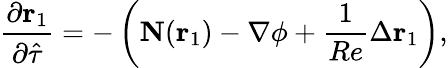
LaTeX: \frac{\partial\mathbf{r}_{1}}{\partial\hat{\tau}}=-\left(\mathbf{N}(\mathbf{r}_{1})-\nabla\phi+\frac{1}{Re}\Delta\mathbf{r}_{1}\right),